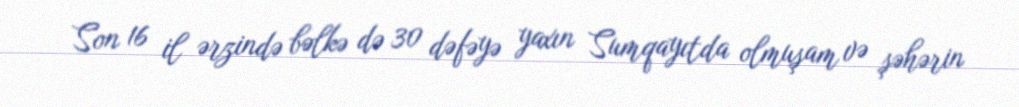
Son 16 il ərzində bəlkə də 30 dəfəyə yaxın Sumqayıtda olmuşam və şəhərin